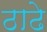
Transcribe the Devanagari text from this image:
ठाढे